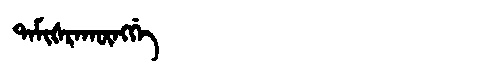
Manchu: ᡨᠠᠮᡳᡧᡵᠠᡴᡡᠩᡤᡝ
Romanization: TAMIŠRAKŪNGGE